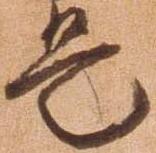
是